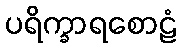
ပရိက္ခာရစောဠံ